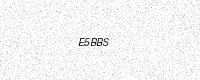
Text: E5BBS